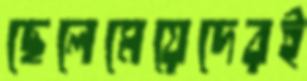
ছেলেমেয়েদেরই